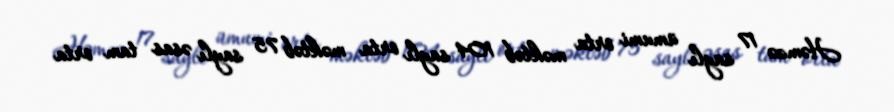
Həmzə 17 saylı ümumi orta məktəb 104 saylı orta məktəb 75 saylı əsas tam orta